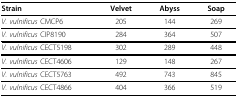
<table><thead><tr><td><b>Strain</b></td><td><b>Velvet</b></td><td><b>Abyss</b></td><td><b>Soap</b></td></tr></thead><tbody><tr><td><i>V. vulnificus </i>CMCP6</td><td>205</td><td>144</td><td>269</td></tr><tr><td><i>V. vulnificus </i>CIP8190</td><td>284</td><td>364</td><td>507</td></tr><tr><td><i>V. vulnificus </i>CECT5198</td><td>302</td><td>289</td><td>448</td></tr><tr><td><i>V. vulnificus </i>CECT4606</td><td>129</td><td>148</td><td>267</td></tr><tr><td><i>V. vulnificus </i>CECT5763</td><td>492</td><td>743</td><td>845</td></tr><tr><td><i>V. vulnificus </i>CECT4866</td><td>404</td><td>366</td><td>519</td></tr></tbody></table>